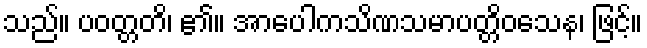
သည်။ ပဝတ္တတိ၊ ၏။ အာပေါကသိဏသမာပတ္တိဝသေန၊ ဖြင့်။